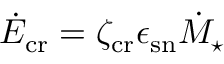
\dot { E } _ { \mathrm { c r } } = \zeta _ { \mathrm { c r } } \epsilon _ { \mathrm { s n } } \dot { M } _ { \star }